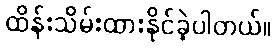
ထိန်းသိမ်းထားနိုင်ခဲ့ပါတယ်။